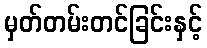
မှတ်တမ်းတင်ခြင်းနှင့်